Eesti_Rahvusfond, lk 107
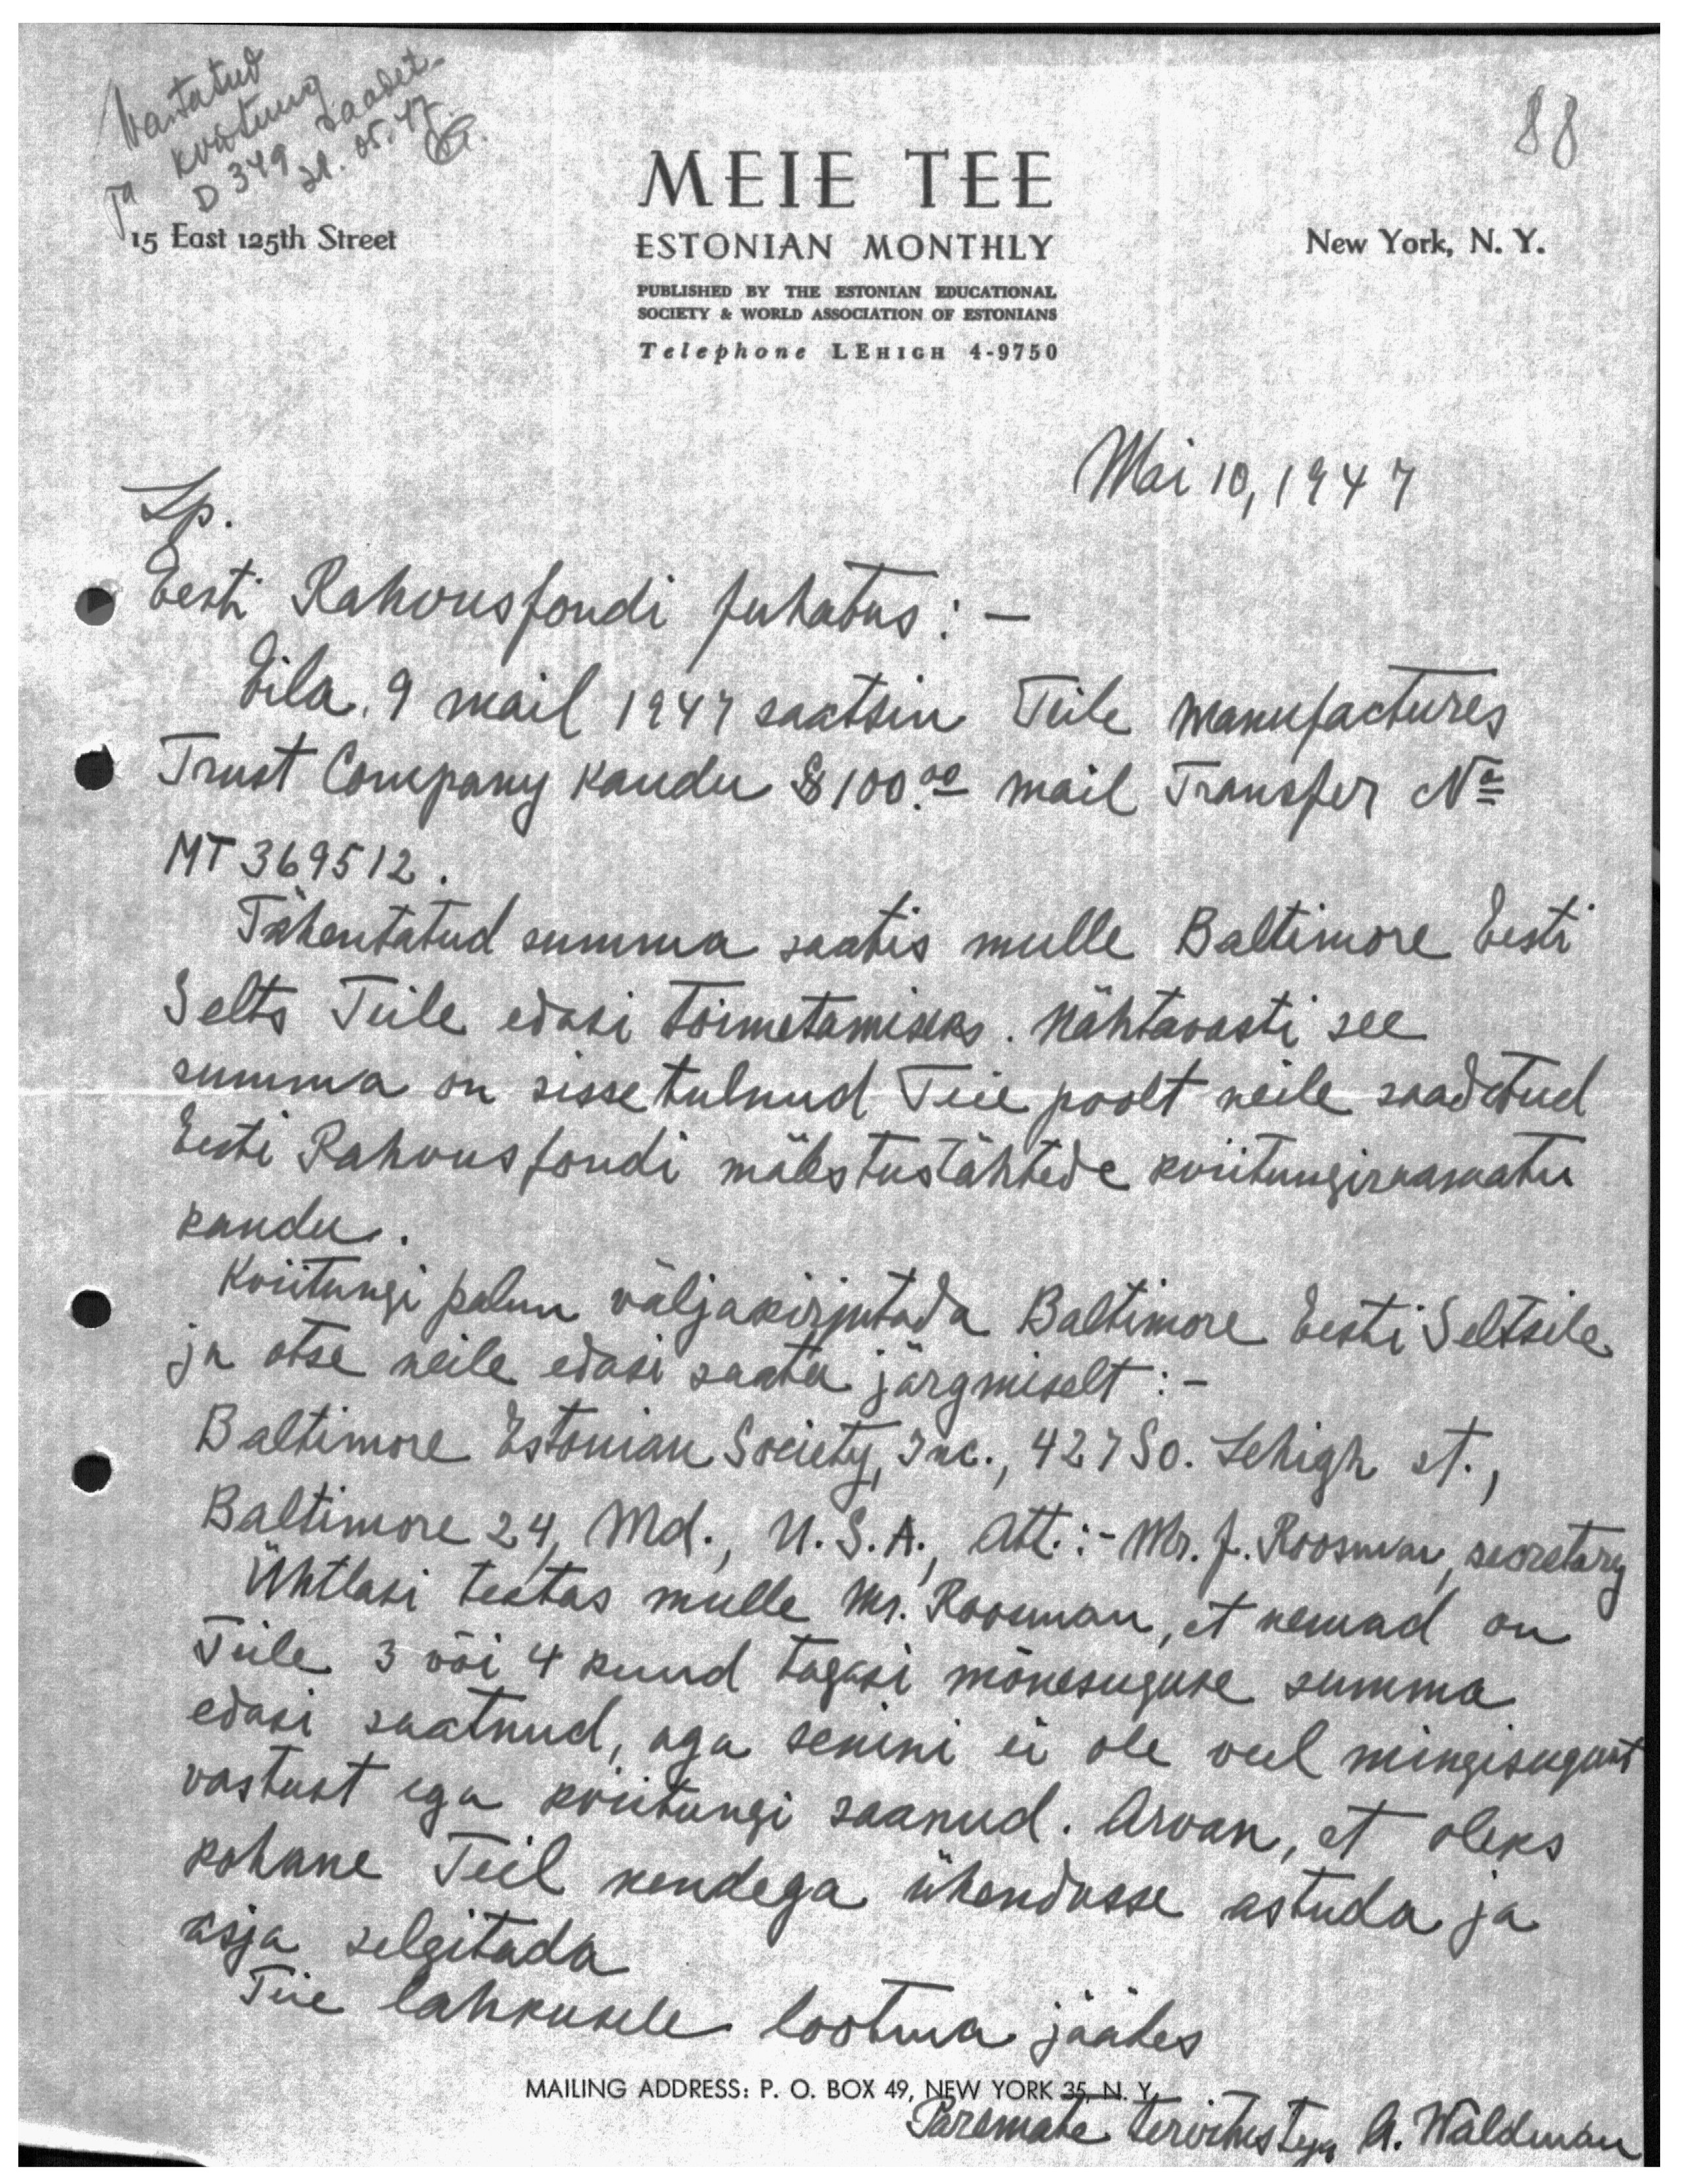
Vastatud
D 349 saadetud
ja kviitung
21.05.47.
15 East 125th Street

88

MEIE TEE
ESTONIAN MONTHLY
PUBLISHED BY THE ESTONIAN EDUCATIONAL
SOCIETY & WORLD ASSOCIATION OF ESTONIANS
Telephone Lehigh 4-9750

New York, N. Y.

Mai 10, 1947

Lp.
Eesti Rahvusfondi Juhatus:
Eila, 9 mail 1949 saatsin Teile Manufactures
Trust Company kaudu $ 100.00 mail Transfer No
MT 369512
Tähentatud summa saatis mulle Baltimore Eesti
Selts Teile edasi toimetamiseks. Nähtavasti see
summa on sissetulnud Teie poolt neile saadetud
Eesti Rahvusfondi mälestustähtede kviitungiraamatu
kaudu.
Kviitungi palun väljakirjutada Baltimore Eesti Seltsile
ja otse neile edasi saata järgmiselt: -
Baltimore Estonian Society, Inc., 42790. Lehigh, et.,
Baltimore 24. Mk., U. S. A., Att.:- Mr. J. Roosman, secretary
Ühtlasi teatas mulle Mr. Roosman, et nemad on
Teile 3 või 4 kuud tagasi mõnesuguse summa
edasi saatnud, aga senini ei ole veel mingisugust
vastust ega kviitungi saanud. Arvan, et oleks
kohane Teil nendega ühendusse astuda ja
asja selgitada.
Teie lahkusele lootma jäädes

MAlLING ADDRESS: P. O. BOX 49, NEW YORK 35, N. Y.
Paremate tervitustega A. Waldman